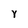
Character: Y